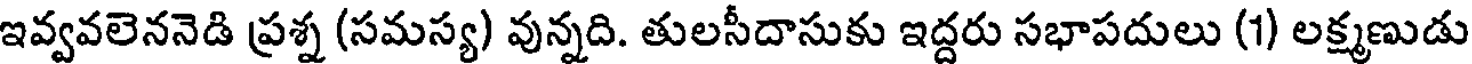
ఇవ్వవలెననెడి ప్రశ్న (సమస్య) వున్నది. తులసీదాసుకు ఇద్దరు సభాపదులు (1) లక్ష్మణుడు